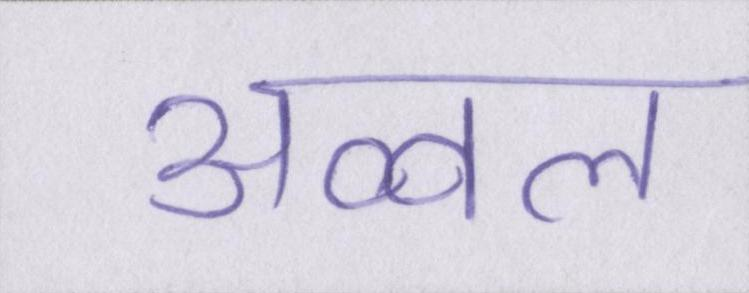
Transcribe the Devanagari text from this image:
अव्वल